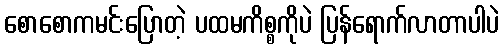
စောစောကမင်းပြောတဲ့ ပထမကိစ္စကိုပဲ ပြန်ရောက်လာတာပါပဲ